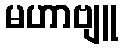
မဟာဗျူ